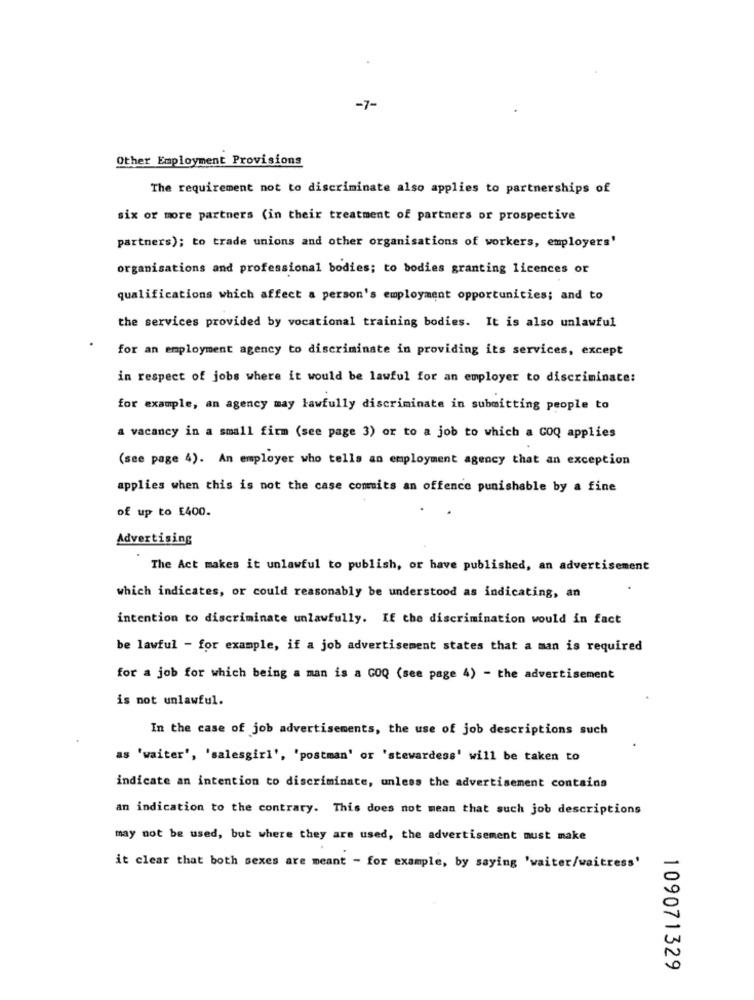
-7-
Other Employment Provisions
The requirement not to discriminate also applies to partnerships of
six or more partners (in their treatment of partners or prospective
partners); to trade unions and other organisations of workers, employers'
organisations and professional bodies; to bodies granting licences or
qualifications which affect a person's employment opportunities; and to
the services provided by vocational training bodies. It is also unlawful
for an employment agency to discriminate in providing its services, except
in respect of jobs where it would be lawful for an employer to discriminate:
for example, an agency may lawfully discriminate in submitting people to
a vacancy in a small firm (see page 3) or to a job to which a COQ applies
(see page 4). An employer who tells an employment agency that an exception
applies when this is not the case commits an offence punishable by a fine
of up to £400.
Advertising
The Act makes it unlawful to publish, or have published, an advertisement
which indicates, or could reasonably be understood as indicating, an
intention to discriminate unlawfully. If the discrimination would in fact
be lawful - for example, if a job advertisement states that a man is required
for a job for which being a man is a GOQ (see page 4) - the advertisement
is not unlawful.
In the case of job advertisements, the use of job descriptions such
as 'waiter', 'salesgirl', 'postman' or 'stewardess' will be taken to
indicate an intention to discriminate, unless the advertisement contains
an indication to the contrary. This does not mean that such job descriptions
may not be used, but where they are used, the advertisement must make
it clear that both sexes are meant - for example, by saying 'waiter/waitress'
109071329